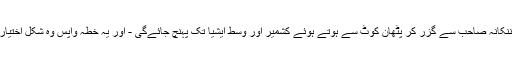
دنیا کو یقین ہوگیا ہے کہ کرتارپور کی راہداری نے کئی اور راہداریوں کی بنیاد ڈالی ہے جو ننکانہ صاحب سے گزر کر پٹھان کوٹ سے ہوتے ہوئے کشمیر اور وسط ایشیا تک پہنچ جائےگی - اور یہ خطہ واپس وہ شکل اختیار کرے گا جس کی پیش گوئی حضرت نعمت اللہ شاہ ولی نے کئی صدیاں پہلے کر رکھی ہے۔